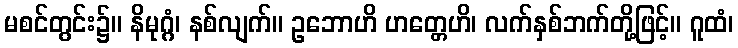
မစင်တွင်း၌။ နိမုဂ္ဂံ၊ နစ်လျက်။ ဥဘောဟိ ဟတ္တေဟိ၊ လက်နှစ်ဘက်တို့ဖြင့်။ ဂူထံ၊